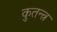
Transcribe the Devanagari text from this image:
कुतन्त्र